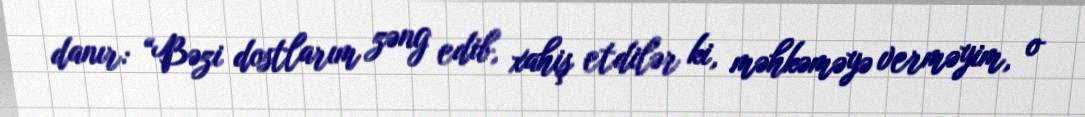
danır: “Bəzi dostlarım zəng edib, xahiş etdilər ki, məhkəməyə verməyim, o